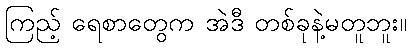
ကြည့် ရေစာတွေက အဲဒီ တစ်ခုနဲ့မတူဘူး။